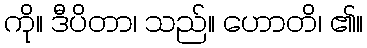
ကို။ ဒီပိတာ၊ သည်။ ဟောတိ၊ ၏။